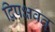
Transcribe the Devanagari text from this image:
द्विपक्षवत्‌